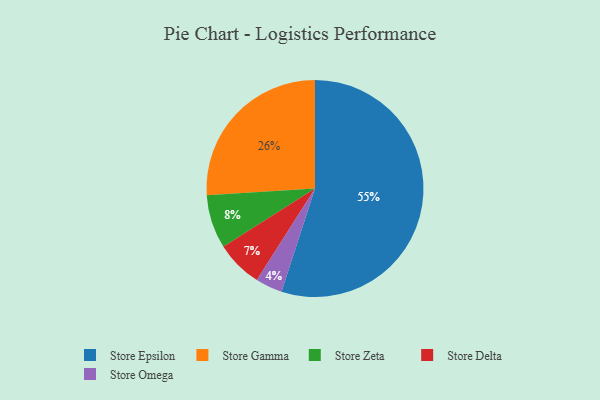
{"axis": {"x": "Category", "y": "Percentage"}, "legend": ["Store Delta", "Store Epsilon", "Store Gamma", "Store Omega", "Store Zeta"], "data": [{"x": "Store Omega", "y": 4, "type": "Store Omega"}, {"x": "Store Zeta", "y": 8, "type": "Store Zeta"}, {"x": "Store Delta", "y": 7, "type": "Store Delta"}, {"x": "Store Epsilon", "y": 55, "type": "Store Epsilon"}, {"x": "Store Gamma", "y": 26, "type": "Store Gamma"}]}